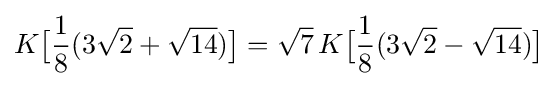
K{\bigl [}{\frac {1}{8}}(3{\sqrt {2}}+{\sqrt {14}}){\bigr ]}={\sqrt {7}}\,K{\bigl [}{\frac {1}{8}}(3{\sqrt {2}}-{\sqrt {14}}){\bigr ]}